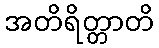
အတိရိတ္တာတိ